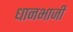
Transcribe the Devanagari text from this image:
धानभाजी